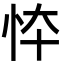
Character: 㤒